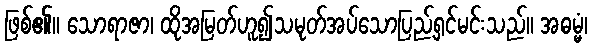
ဖြစ်၏။ သောရာဇာ၊ ထိုအမြတ်ဟူ၍သမုတ်အပ်သောပြည့်ရှင်မင်းသည်။ အဓမ္မံ၊